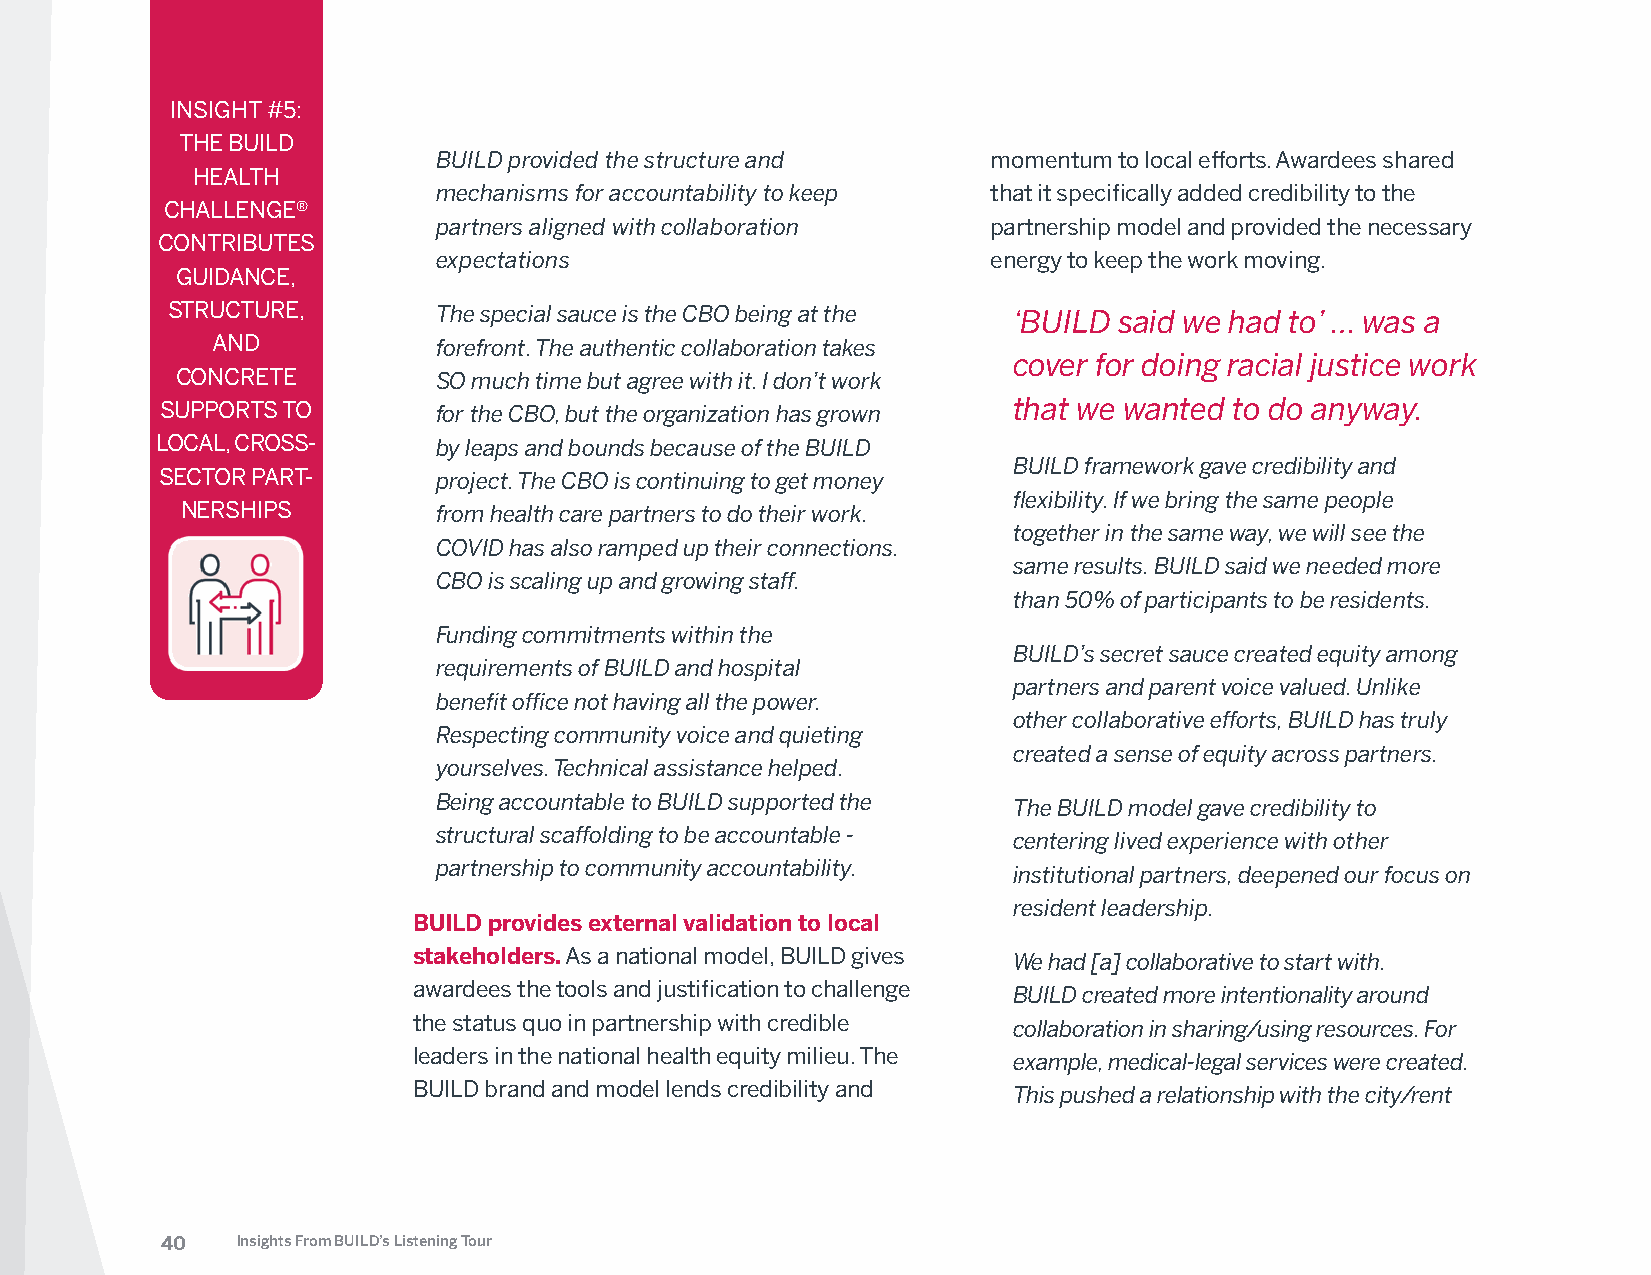
INSIGHT #5:
 THE BUILD
 BUILD provided the structure and     momentum to local efforts. Awardees shared
 HEALTH
 mechanisms for accountability to keep that it specifically added credibility to the
 CHALLENGE®
 partners aligned with collaboration  partnership model and provided the necessary
 CONTRIBUTES
 expectations                         energy to keep the work moving.
 GUIDANCE,
 STRUCTURE,        The special sauce is the CBO being at the ‘BUILD said we had to’ … was a
 AND            forefront. The authentic collaboration takes
 cover for doing racial justice work
 CONCRETE         SO much time but agree with it. I don’t work
 SUPPORTS TO       for the CBO, but the organization has grown that we wanted to do anyway.
 LOCAL, CROSS-      by leaps and bounds because of the BUILD
 BUILD framework gave credibility and
 SECTOR PART-      project. The CBO is continuing to get money
 flexibility. If we bring the same people
 NERSHIPS         from health care partners to do their work.
 together in the same way, we will see the
 COVID has also ramped up their connections.
 same results. BUILD said we needed more
 CBO is scaling up and growing staff.
 than 50% of participants to be residents.
 Funding commitments within the
 BUILD’s secret sauce created equity among
 requirements of BUILD and hospital
 partners and parent voice valued. Unlike
 benefit office not having all the power.
 other collaborative efforts, BUILD has truly
 Respecting community voice and quieting
 created a sense of equity across partners.
 yourselves. Technical assistance helped.
 Being accountable to BUILD supported the The BUILD model gave credibility to
 structural scaffolding to be accountable - centering lived experience with other
 partnership to community accountability. institutional partners, deepened our focus on
 resident leadership.
 BUILD provides external validation to local
 stakeholders. As a national model, BUILD gives We had [a] collaborative to start with.
 awardees the tools and justification to challenge BUILD created more intentionality around
 the status quo in partnership with credible collaboration in sharing/using resources. For
 leaders in the national health equity milieu. The example, medical-legal services were created.
 BUILD brand and model lends credibility and This pushed a relationship with the city/rent
 40   Insights From BUILD’s Listening Tour